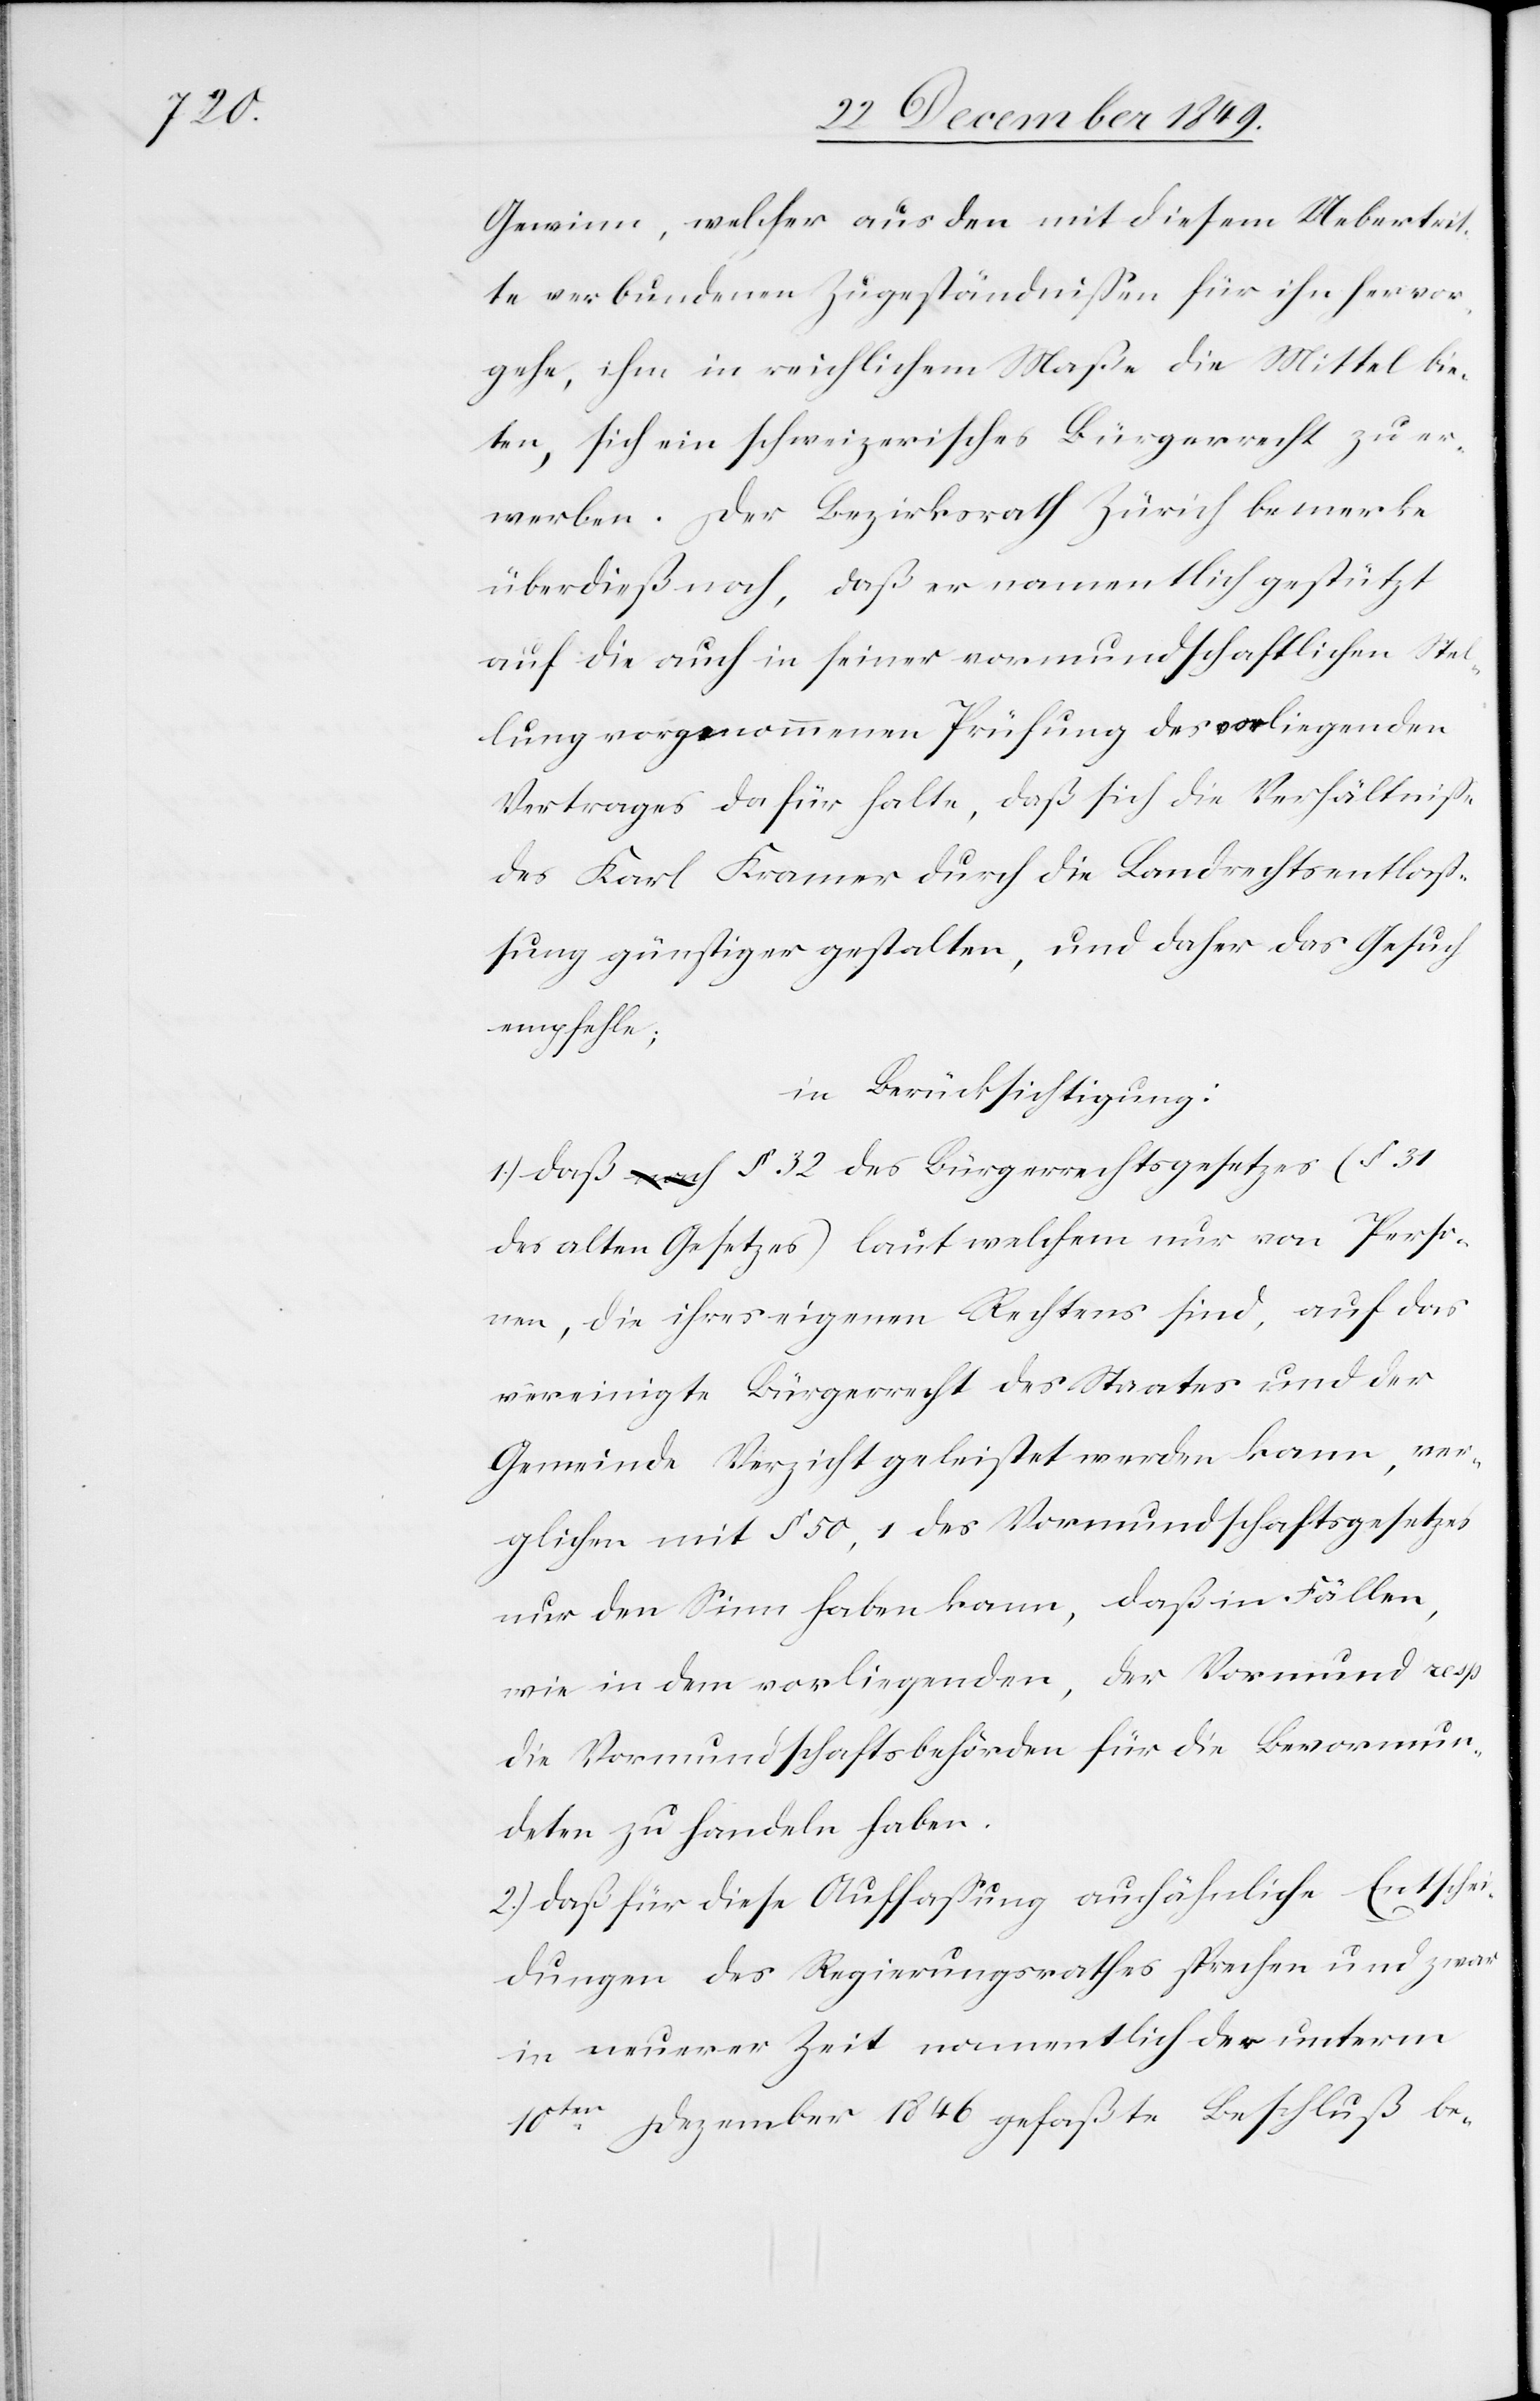
Gewinn, welcher aus den mit diesem Uebertrit¬
te verbundenen Zugeständnißen für ihn hervor¬
gehe, in reichlichem Maße die Mittel bie¬
ten, sich ein schweizerisches Bürgerrecht zu er¬
werben. Der Bezirksrath Zürich bemerke
überdieß noch, daß er namentlich gestützt
auf die auch in seiner vormundschaftlichen Stel¬
lung vorgenommenen Prüfung des vorliegenden
Vertrages dafür halte, daß sich die Verhältniße
des Karl Kramer durch die Landrechtsentlaß¬
ung günstiger gestalten, und daher das Gesuch
empfehle;
in Berücksichtigung:
1.) daß § 32 des Bürgerrechtsgesetzes (§ 31
des alten Gesetzes) laut welchem nur von Perso¬
nen, die ihres eigenen Rechtens sind, auf das
vereinigte Bürgerrecht des Staates und der
Gemeinde Verzicht geleistet werden kann, ver¬
glichen mit § 50,1 des Vormundschaftsgesetzes
nur den Sinn haben kann, ,daß in Fällen,
wie in dem vorliegenden, der Vormund reps.
die Vormundschaftsbehörden für die Bevormun¬
deten zu handeln haben.
2.) daß für diese Auffaßung auch ähnliche Entschei¬
dungen des Regierungsrathes sprechen und zwar
in neuerer Zeit namentlich der unterm
10ten Dezember 1846 gefaßte Beschluß be-